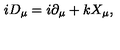
i D _ { \mu } = i \partial _ { \mu } + k X _ { \mu } ,